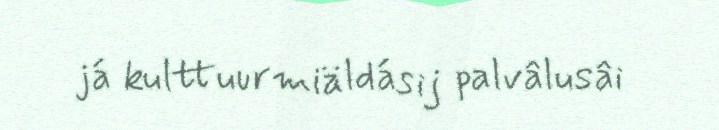
já kulttuurmiäldásij palvâlusâi